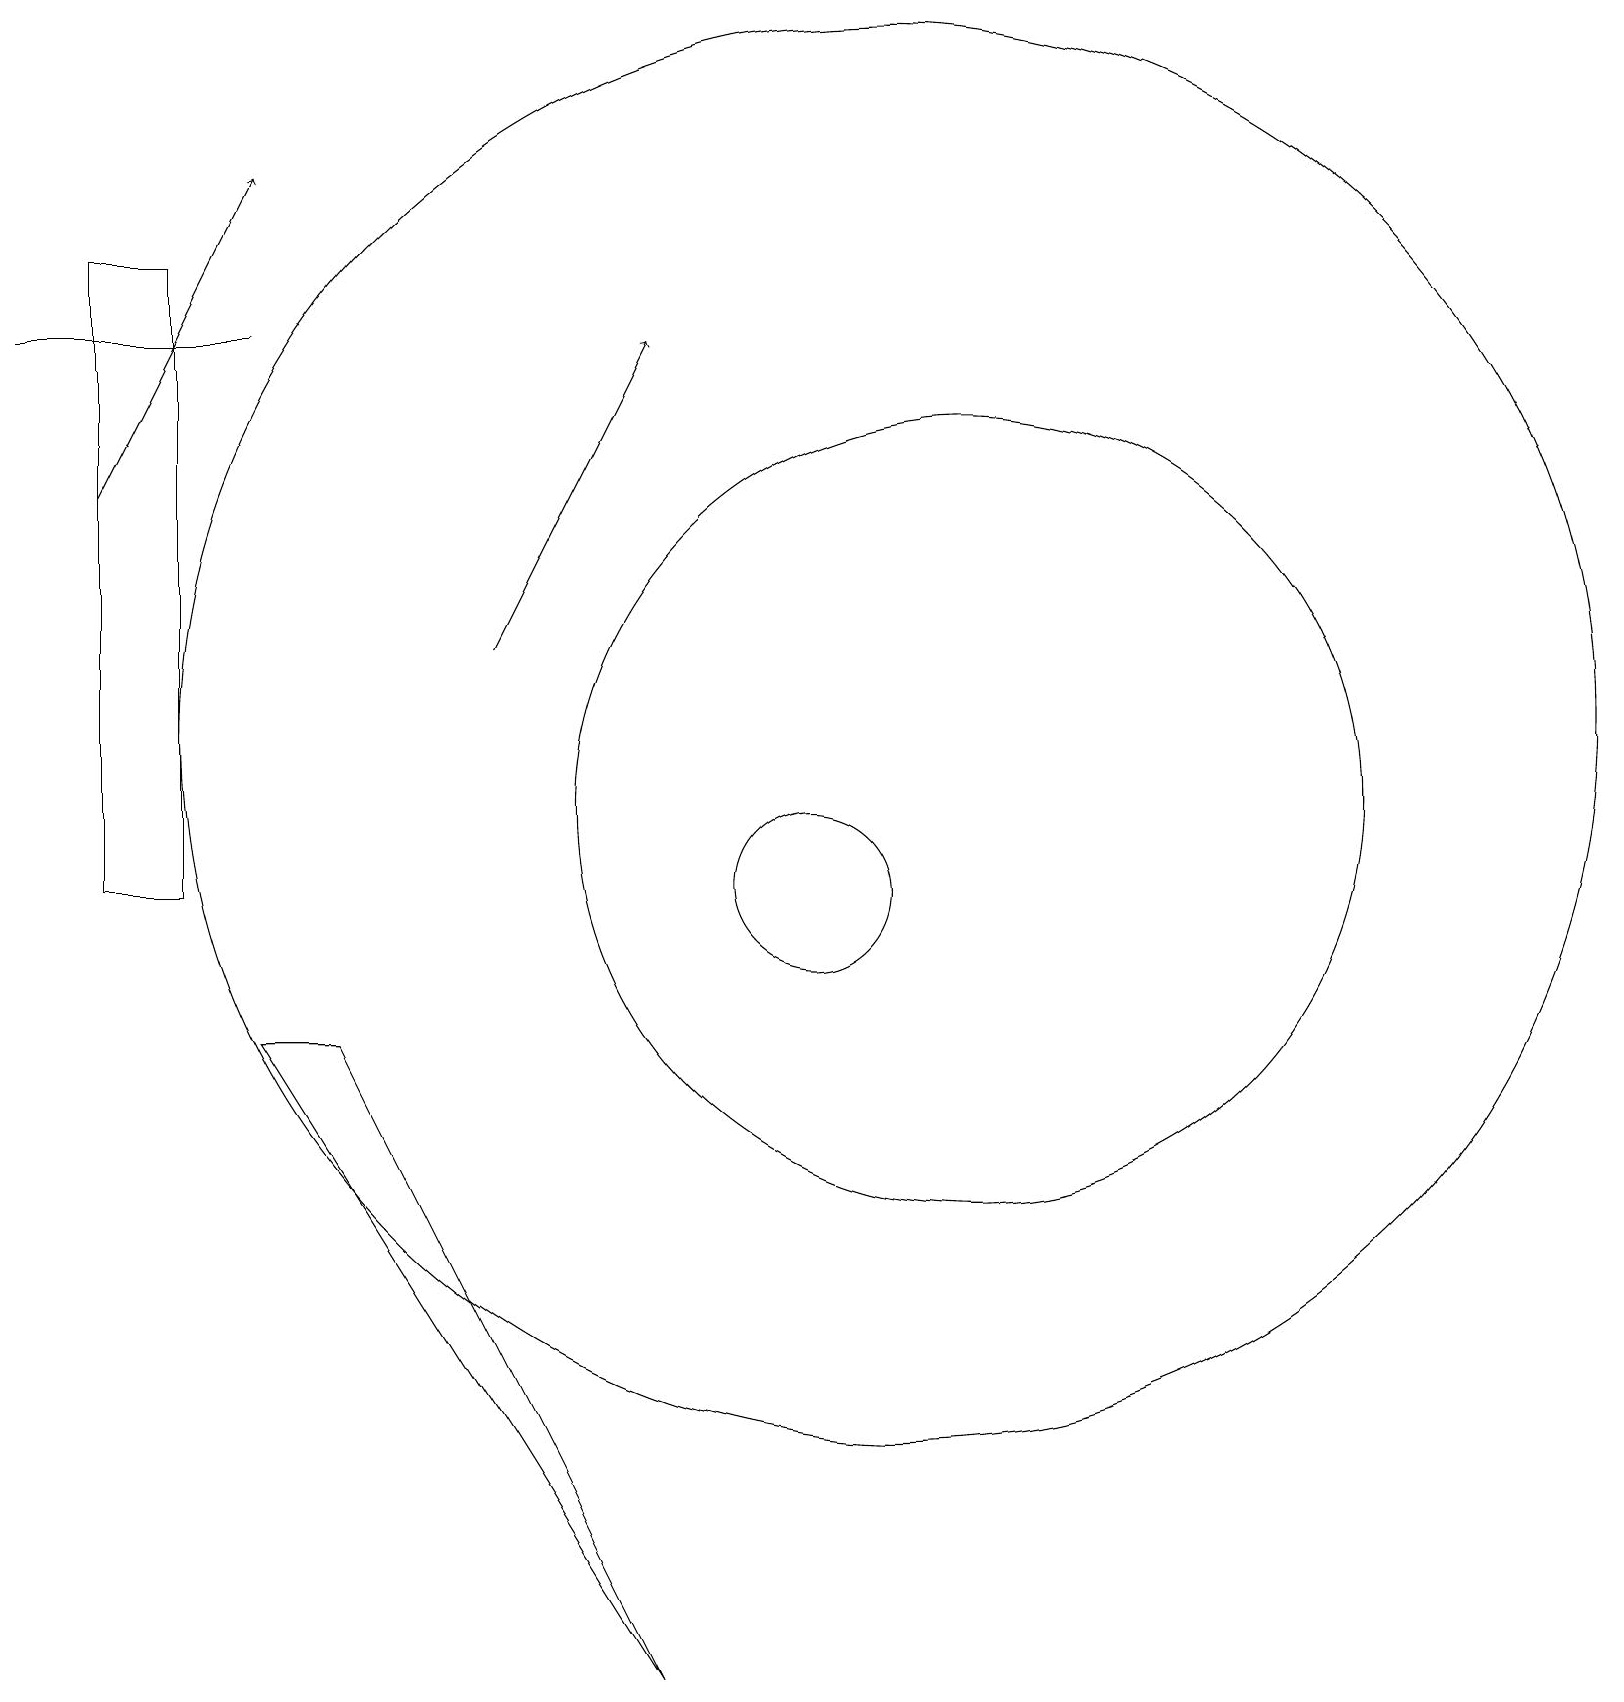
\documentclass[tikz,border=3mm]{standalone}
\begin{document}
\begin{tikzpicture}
\draw[->] (1,15) -- (3,19);
\draw (10,10) circle (1);
\draw (12,11) circle (5);
\draw (2,10) rectangle (1,18);
\draw (3,17) rectangle (0,17);
\draw (3,8) -- (8,0) -- (4,8) -- cycle;
\draw[->] (6,13) -- (8,17);
\draw (11,12) circle (9);
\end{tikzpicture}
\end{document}